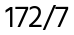
172/7